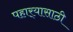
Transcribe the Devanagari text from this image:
पहार्‍यासाठी